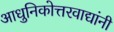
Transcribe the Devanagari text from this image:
आधुनिकोत्तरवाद्यांनी